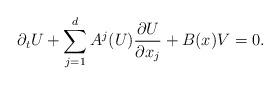
LaTeX: \begin{align*}\partial_tU + \sum_{j=1}^dA^j(U)\frac{\partial U}{\partial x_j}+B(x)V=0. \end{align*}